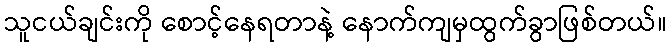
သူငယ်ချင်းကို စောင့်နေရတာနဲ့ နောက်ကျမှထွက်ခွာဖြစ်တယ်။